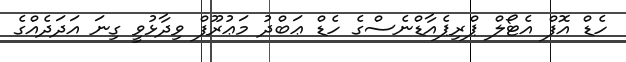
ހެޑް އޮފް އެޓޯލް ޕްރިޕެއާޑްނެސްގެ ހެޑް ޢަބްދު މަޢުރޫފް ވިދާޅުވީ ގިނަ އަދަދެއްގެ